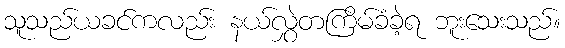
သူသည်ယခင်ကလည်း နယ်လွှဲတကြိမ်ခံခဲ့ရ ဘူးသေးသည်။